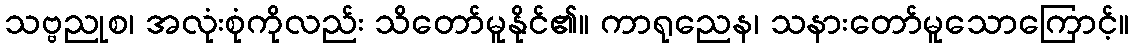
သဗ္ဗညုစ၊ အလုံးစုံကိုလည်း သိတော်မူနိုင်၏။ ကာရုညေန၊ သနားတော်မူသောကြောင့်။